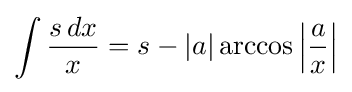
\int {\frac {s\,dx}{x}}=s-|a|\arccos \left|{\frac {a}{x}}\right|